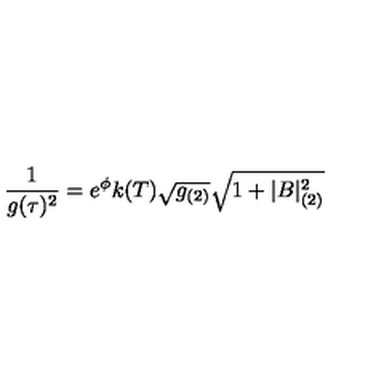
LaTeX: { \frac { 1 } { g ( \tau ) ^ { 2 } } } = e ^ { \phi } k ( T ) \sqrt { g _ { ( 2 ) } } \sqrt { 1 + | B | _ { ( 2 ) } ^ { 2 } }